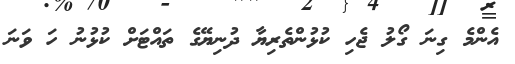
އެންމެ ގިނަ ގޯލު ޖެހި ކުޅުންތެރިޔާ ދުނިޔޭގެ ތައްޓަށް ކުޅުނު ހަ ވަނަ